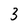
Character: 3